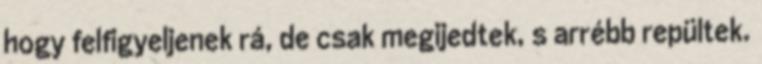
hogy felfigyeljenek rá, de csak megijedtek, s arrébb repültek.